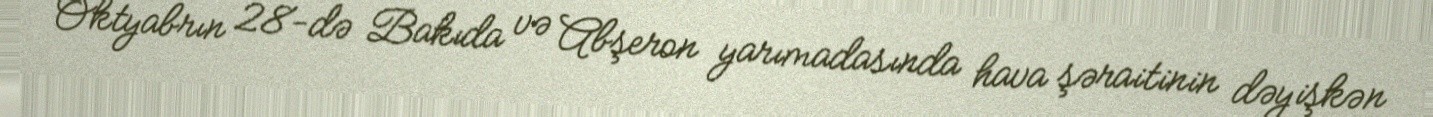
Oktyabrın 28-də Bakıda və Abşeron yarımadasında hava şəraitinin dəyişkən